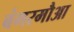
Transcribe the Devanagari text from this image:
बंगरमौआ